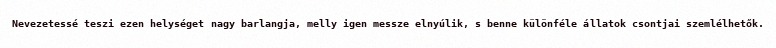
Nevezetessé teszi ezen helységet nagy barlangja, melly igen messze elnyúlik, s benne különféle állatok csontjai szemlélhetők.